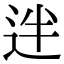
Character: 𨒃